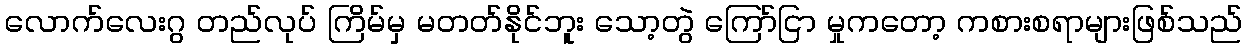
လောက်လေးဂွ တည်လုပ် ကြိမ်မှ မတတ်နိုင်ဘူး သော့တွဲ ကြော်ငြာ မှုကတော့ ကစားစရာများဖြစ်သည်